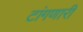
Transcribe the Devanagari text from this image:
टांगणारी